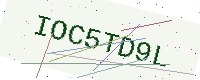
Text: IOC5TD9L